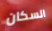
السكان